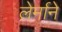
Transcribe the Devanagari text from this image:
लेर्माने